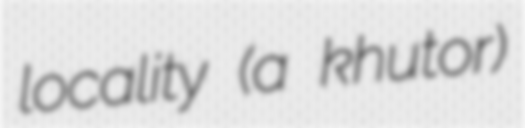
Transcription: locality (a khutor)